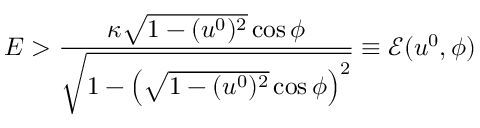
E > \frac { \kappa \sqrt { 1 - ( u ^ { 0 } ) ^ { 2 } } \cos \phi } { \sqrt { 1 - \left( \sqrt { 1 - ( u ^ { 0 } ) ^ { 2 } } \cos \phi \right) ^ { 2 } } } \equiv \mathcal { E } ( u ^ { 0 } , \phi )